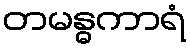
တမန္ဓကာရံ